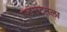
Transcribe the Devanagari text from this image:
एडमंटनला